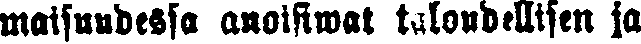
maisuudessa anoisiwat taloudellisen ja